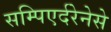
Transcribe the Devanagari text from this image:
सम्पिएर्दरेनेसे